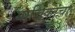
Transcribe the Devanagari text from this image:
याचिकांचा